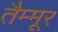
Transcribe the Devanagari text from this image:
तैम्मूर